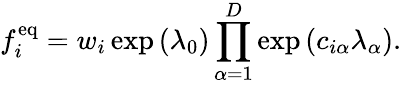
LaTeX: f_{i}^{\mathrm{eq}}=w_{i}\exp\left(\lambda_{0}\right)\prod_{\alpha=1}^{D}\exp\left(c_{i\alpha}\lambda_{\alpha}\right).